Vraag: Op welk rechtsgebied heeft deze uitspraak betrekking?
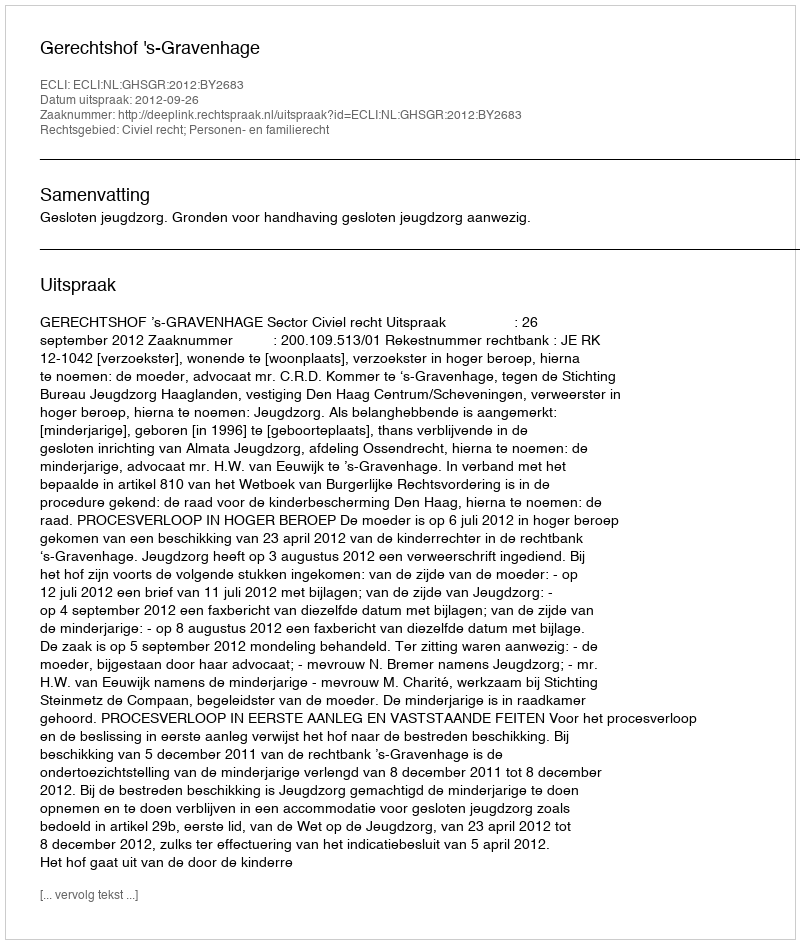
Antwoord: Civiel recht; Personen- en familierecht